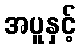
အပူနှင့်